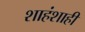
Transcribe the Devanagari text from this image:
शाहंशाही